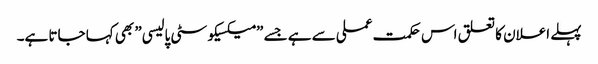
پہلے اعلان کا تعلق اس حکمت عملی سے ہے جسے ”میکسیکو سٹی پالیسی” بھی کہا جاتا ہے۔